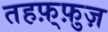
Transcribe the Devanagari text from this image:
तहफ़्फ़ुज़